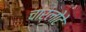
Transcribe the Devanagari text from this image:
चार्लोटे